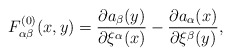
\begin{align*}F^{(0)}_{\alpha\beta} (x,y) = \frac{\partial a_\beta(y)} {\partial\xi^{\alpha}(x)} - \frac{\partial a_\alpha(x)}{\partial \xi^\beta(y)},\end{align*}